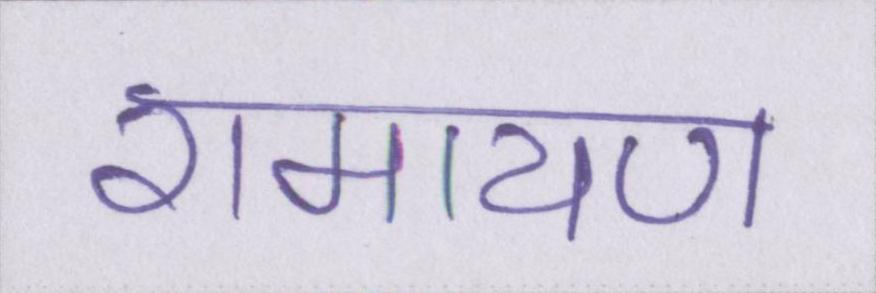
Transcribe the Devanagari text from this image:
रामायण